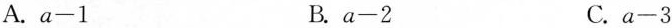
A.$$a-1$$ B.$$a-2$$ C.$$a-3$$